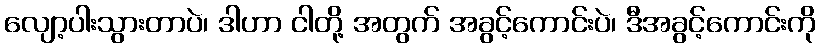
လျော့ပါးသွားတာပဲ၊ ဒါဟာ ငါတို့ အတွက် အခွင့်ကောင်းပဲ၊ ဒီအခွင့်ကောင်းကို